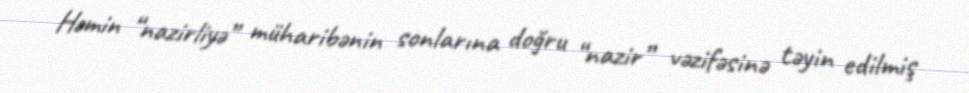
Həmin “nazirliyə” müharibənin sonlarına doğru “nazir” vəzifəsinə təyin edilmiş